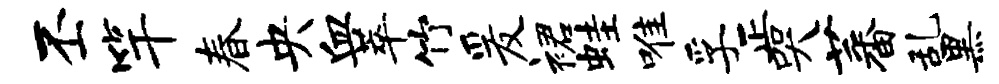
丕竿春央血萃竹爰裙蛙唯孚正哭蕃乱黑